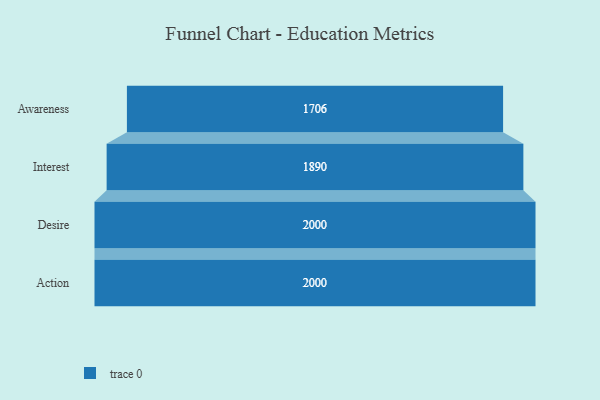
{"axis": {"x": "Stage", "y": "Value"}, "legend": [""], "data": [{"x": "Awareness", "y": 1706.0, "type": ""}, {"x": "Interest", "y": 1890.0, "type": ""}, {"x": "Desire", "y": 2000, "type": ""}, {"x": "Action", "y": 2000, "type": ""}]}